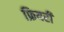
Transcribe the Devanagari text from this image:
फ्रियरी